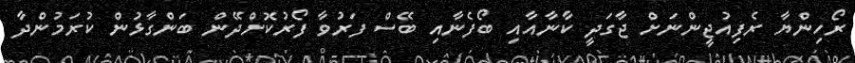
ރޯހިންޔާ ރެފިއުޖީންނަށް ޖާގަދީ ކާނާއާއި ބޯފެނާއި ބޭސް ފަރުވާ ފޯރުކޮށްދޭން ބަންގާޅުން ކުރަމުންދާ